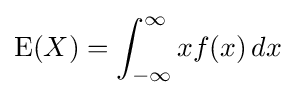
\operatorname {E} (X)=\int _{-\infty }^{\infty }xf(x)\,dx